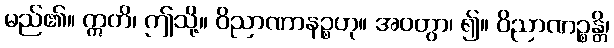
မည်၏။ ဣတိ၊ ဤသို့။ ဝိညာဏာနဉ္စဟု။ အဝတွာ၊ ၍။ ဝိညာဏဉ္စန္တိ၊